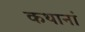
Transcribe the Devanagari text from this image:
कथानां